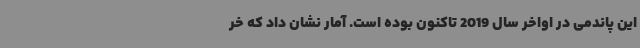
این پاندمی در اواخر سال 2019 تاکنون بوده است. آمار نشان داد که خر